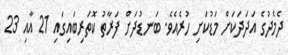
ދެމެދުގެ އަދަދަކަށް މަޑުކަށި ހުރެއެވެ. ބަނޑުދަށް ފަރާތު ކޮތަރިބައިގައި 21 އާއި 23